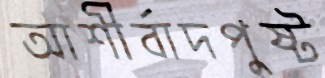
আশীর্বাদপুষ্ট